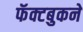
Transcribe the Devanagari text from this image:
फॅक्टबुकने